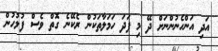
އަދި އަންހެނުންނަށް ދޭ މި ފަދަ ހަމަލާތަކުން ރެކޭނެ ގޮތް ވެސް ފުލުހުން